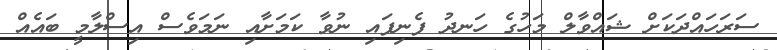
ސަރަހައްދަކަށް ޝައްވާލް މަހުގެ ހަނދު ފެނިފައި ނުވާ ކަމަށާއި ނަމަވެސް އިސްލާމީ ބައެއް